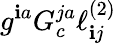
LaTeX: g^{\mathbf{i}a}G_{c}^{ja}\ell_{\mathbf{i}j}^{(2)}